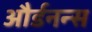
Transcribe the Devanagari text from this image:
और्डनन्स